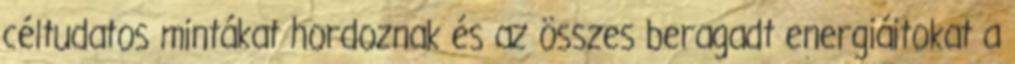
céltudatos mintákat hordoznak és az összes beragadt energiáitokat a